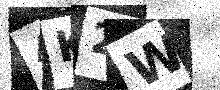
Text: 4K2W